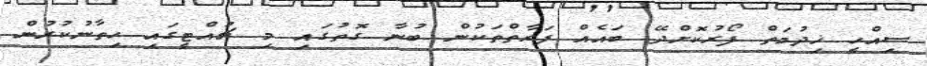
ސިއްހީ ޚިދުމަތް ފޯރުކޮށްދޭ ބައެއް ފަރާތްތަކުން ބުނާ ގޮތުގައި މި ޗުއްޓީގައި ހިތާނުކުރުން